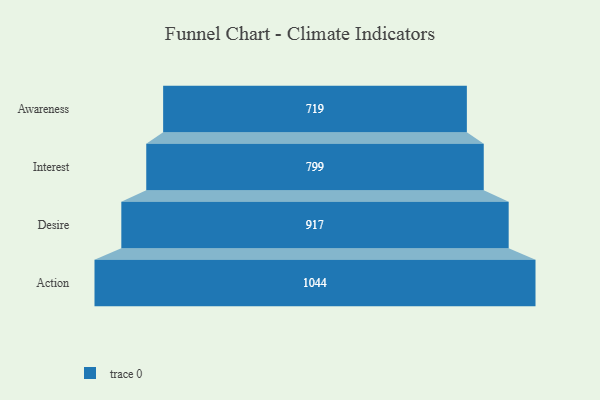
{"axis": {"x": "Stage", "y": "Value"}, "legend": [""], "data": [{"x": "Awareness", "y": 719.0, "type": ""}, {"x": "Interest", "y": 799.0, "type": ""}, {"x": "Desire", "y": 917.0, "type": ""}, {"x": "Action", "y": 1044.0, "type": ""}]}